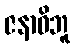
ဇနာဓိဘူ